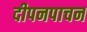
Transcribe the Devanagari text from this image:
दीपनपाचन